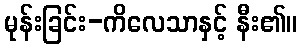
မုန်းခြင်း-ကိလေသာနှင့် နီး၏။